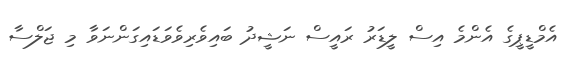
އެމްޑީޕީގެ އެންމެ އިސް ލީޑަރު ރައީސް ނަޝީދު ބައިވެރިވެވަޑައިގަންނަވާ މި ޖަލްސާ